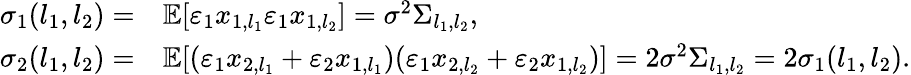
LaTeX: \begin{array}{rl}{\sigma_{1}(l_{1},l_{2})=}&{\mathbb{E}[\varepsilon_{1}x_{1,l_{1}}\varepsilon_{1}x_{1,l_{2}}]=\sigma^{2}\Sigma_{l_{1},l_{2}},}\\ {\sigma_{2}(l_{1},l_{2})=}&{\mathbb{E}[(\varepsilon_{1}x_{2,l_{1}}+\varepsilon_{2}x_{1,l_{1}})(\varepsilon_{1}x_{2,l_{2}}+\varepsilon_{2}x_{1,l_{2}})]=2\sigma^{2}\Sigma_{l_{1},l_{2}}=2\sigma_{1}(l_{1},l_{2}).}\end{array}